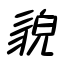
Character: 貌